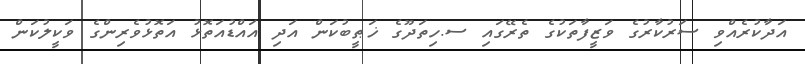
އަދާކުރެއްވި ސަރުކާރުގެ ވަޒީފާތަކުގެ ތެރޭގައި ސ.ހިތަދޫގެ ޚަޠީބުކަން އަދި އައްޑުއަތޮޅު އަތޮޅުވެރިންގެ ވަކީލުކަން